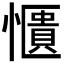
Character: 𫻑